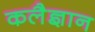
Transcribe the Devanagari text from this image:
कलैज्ञान